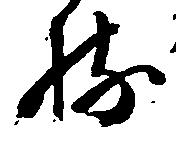
持